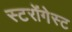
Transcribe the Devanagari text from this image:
स्टरोंगेस्ट